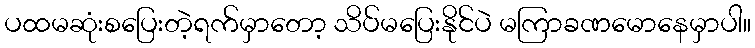
ပထမဆုံးစပြေးတဲ့ရက်မှာတော့ သိပ်မပြေးနိုင်ပဲ မကြာခဏမောနေမှာပါ။